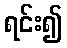
ရင်း၍